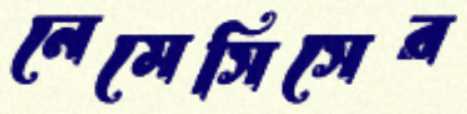
নেমেসিসের